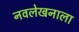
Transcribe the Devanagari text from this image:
नवलेखनाला